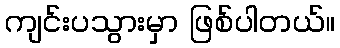
ကျင်းပသွားမှာ ဖြစ်ပါတယ်။